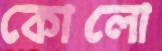
কোলো